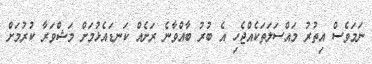
ނަމަވެސް އިތުރު މައްސަލަތަކެއްޖެހި އެ ބުރު ބާއްވާނެ ރަށެއް ކަނޑައެޅުމަށް މަޝްވަރާ ކުރުމަށް